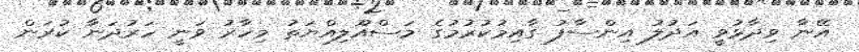
އޭނާ ވިދާޅުވީ އަދުލު އިންސާފު ގާއިމުކުރުމުގެ މަސްއޫލިއްޔަތު މިހާރު ވަނީ ހަރުދަނާ ކުރަން